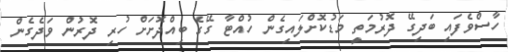
ހާސްވެފައި ބަދިގޭ ދޮރުމަތީ މަޑުކޮށްލައިގެން ހުއްޓާ ގޭގެ ބިއްދޮށަށް ހުރި ދޮރުން ވަދެގެން